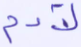
لآدم